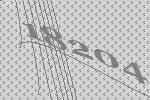
18204